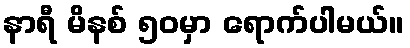
နာရီ မိနစ် ၅၀မှာ ရောက်ပါမယ်။